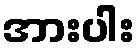
အားပါး